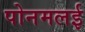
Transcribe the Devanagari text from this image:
पोनमलई